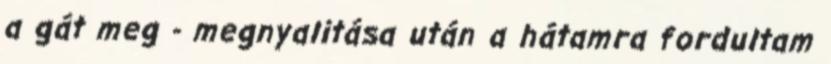
a gát meg - megnyalitása után a hátamra fordultam